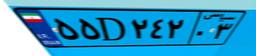
۵۵D۲۴۲۰۳